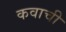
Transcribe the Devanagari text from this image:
कवाची